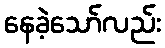
နေခဲ့သော်လည်း